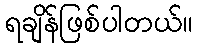
ရချိန်ဖြစ်ပါတယ်။